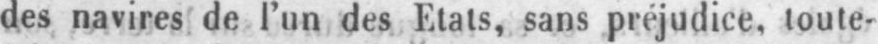
des navires de l’un des Etats, sans préjudice, toute-